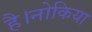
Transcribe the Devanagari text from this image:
है।नोकिया